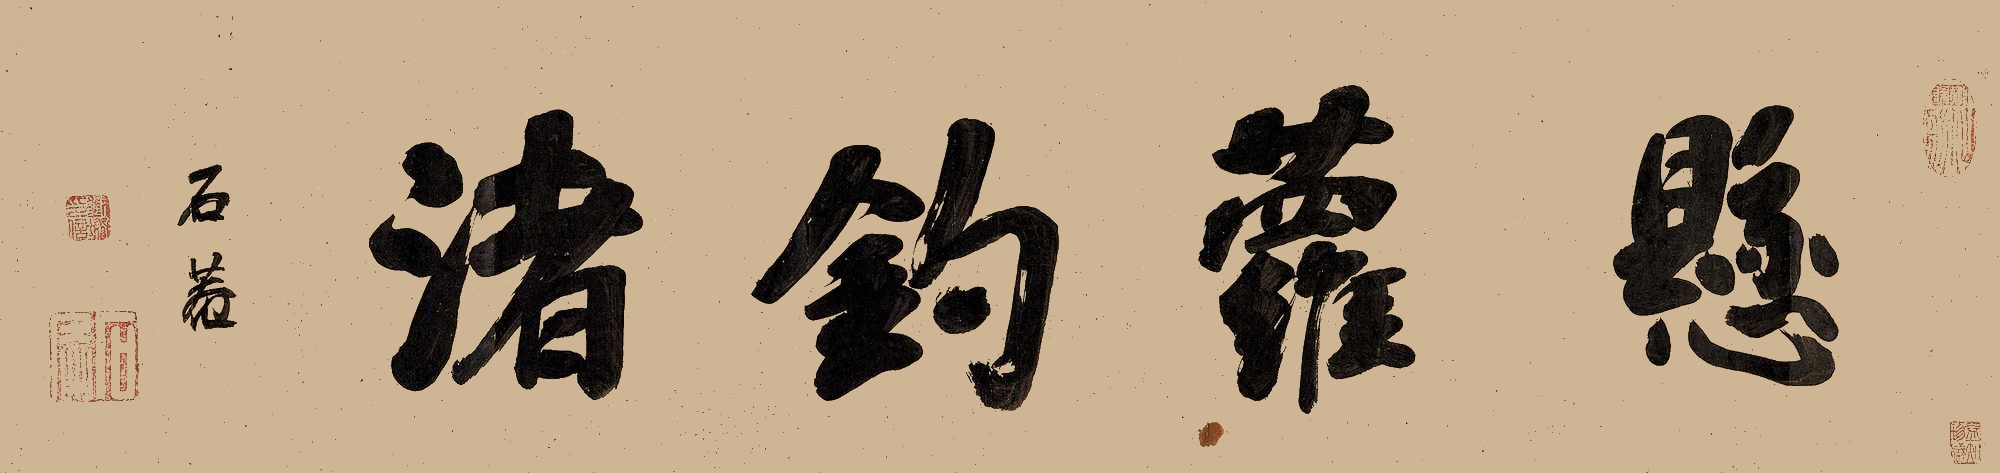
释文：悬萝钓渚石庵。